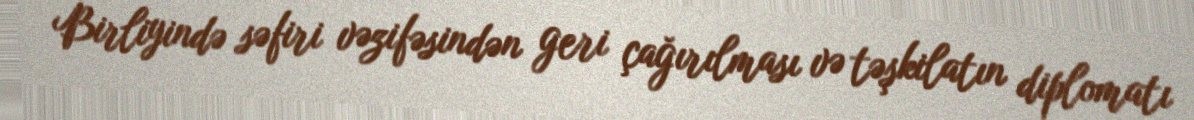
Birliyində səfiri vəzifəsindən geri çağırılması və təşkilatın diplomatı